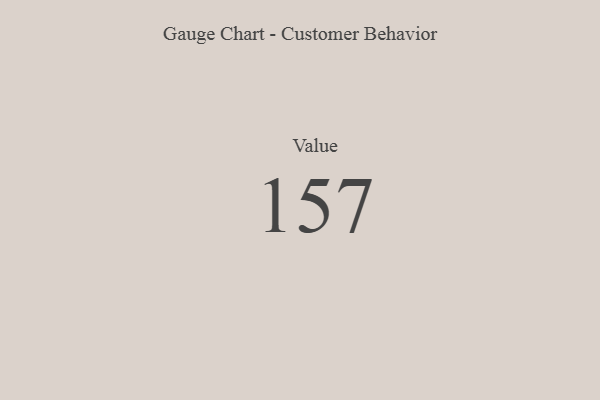
{"axis": {"x": "Metric", "y": "Value"}, "legend": [""], "data": [{"x": "Value", "y": 157, "type": ""}]}